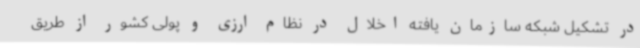
در تشکیل شبکه سازمان یافته اخلال در نظام ارزی و پولی کشور از طریق